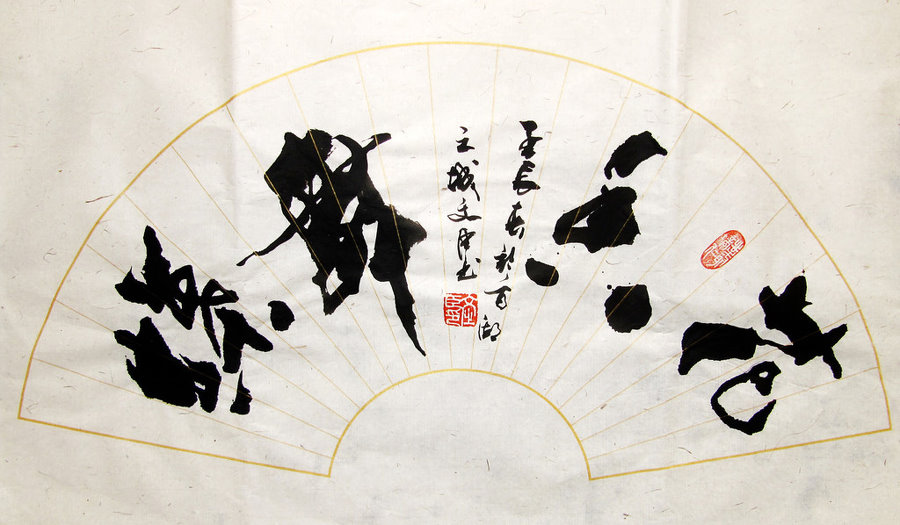
奇文共欣赏，疑义相与析。